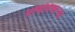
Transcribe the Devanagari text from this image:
पोचविणाऱ्या